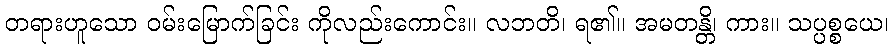
တရားဟူသော ဝမ်းမြောက်ခြင်း ကိုလည်းကောင်း။ လဘတိ၊ ရ၏။ အမတန္တိ၊ ကား။ သပ္ပစ္စယေ၊